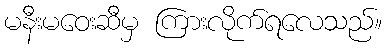
မနီးမဝေးဆီမှ ကြားလိုက်ရလေသည်။